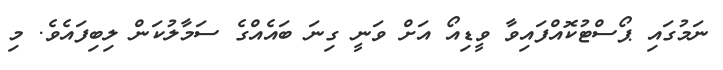
ނަމުގައި ޕޯސްޓުކޮއްފައިވާ ވީޑިއޯ އަށް ވަނީ ގިނަ ބައެއްގެ ސަމާލުކަން ލިބިފައެވެ. މި